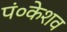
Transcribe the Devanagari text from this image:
पं०केशव